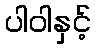
ပါဝါနှင့်